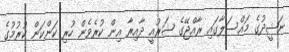
ނަޝީދުގެ މައްސަލާގައި ރާއްޖޭގެ ޝަރުއީ ދާއިރާ އިން ކުރެވެން ހުރި ކަންކަން ކުރުމުގެ